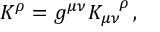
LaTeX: K ^ { \rho } = g ^ { \mu \nu } { K _ { \mu \nu } } ^ { \! \rho } \, ,